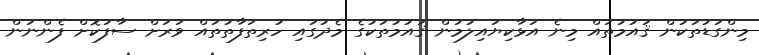
މިންގަޑުތަކުން ޤައުމުތައް މިނެ އަޅާކިޔައިލުމުން ޤައުމުތަކުގެ މެދުގައި ހުރިތަފާތުތައް ވަރަށް ސާފުކޮށް ފެންނަން